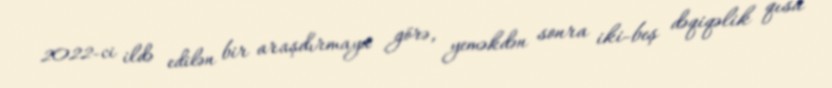
2022-ci ildə edilən bir araşdırmaya görə, yeməkdən sonra iki-beş dəqiqəlik qısa